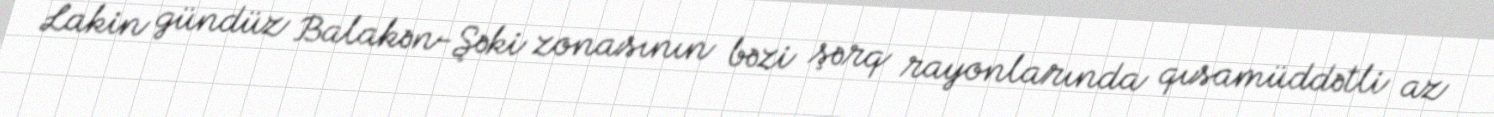
Lakin gündüz Balakən-Şəki zonasının bəzi şərq rayonlarında qısamüddətli az